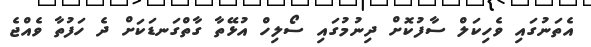
އެތަނުގައި ވެހިކަލް ސާފުކޮށް ދިނުމުގައި ސޯލިހް އުޅޭތާ ގާތްގަނޑަކަށް ދެ ހަފުތާ ވެއްޖެ